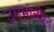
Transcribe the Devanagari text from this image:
उगमांतील